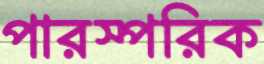
পারস্পরিক